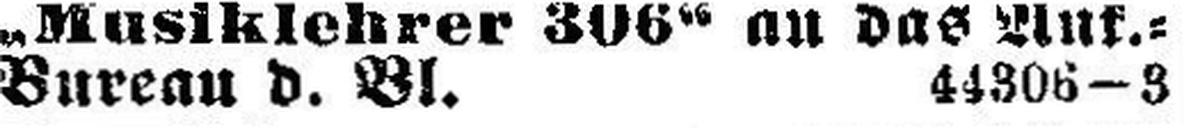
Bureau d. Bl. 44306—3